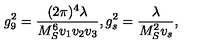
g _ { 9 } ^ { 2 } = { \frac { ( 2 \pi ) ^ { 4 } \lambda } { M _ { S } ^ { 6 } v _ { 1 } v _ { 2 } v _ { 3 } } } , g _ { s } ^ { 2 } = { \frac { \lambda } { M _ { S } ^ { 2 } v _ { s } } } ,